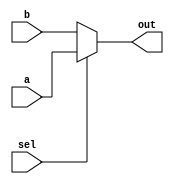
      ////////////////////////////////////////////
     // PARAMETER2.V Version 1.0               //
    // Xilinx HDL Synthesis Design Guide      //
   // Example of using a parameter data type //
  // to specify a bus size                  //
 // December 1997                          //
////////////////////////////////////////////

module parameter2(out, a, b, sel);

   parameter size = 8;

   output [size-1:0] out;
   input  [size-1:0] a, b;
   input             sel;

   assign out = (sel) ? a : b;

endmodule